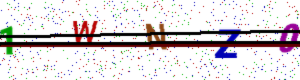
Text: 1WNZ0